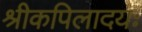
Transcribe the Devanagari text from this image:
श्रीकपिलादयः